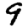
Digit: 9